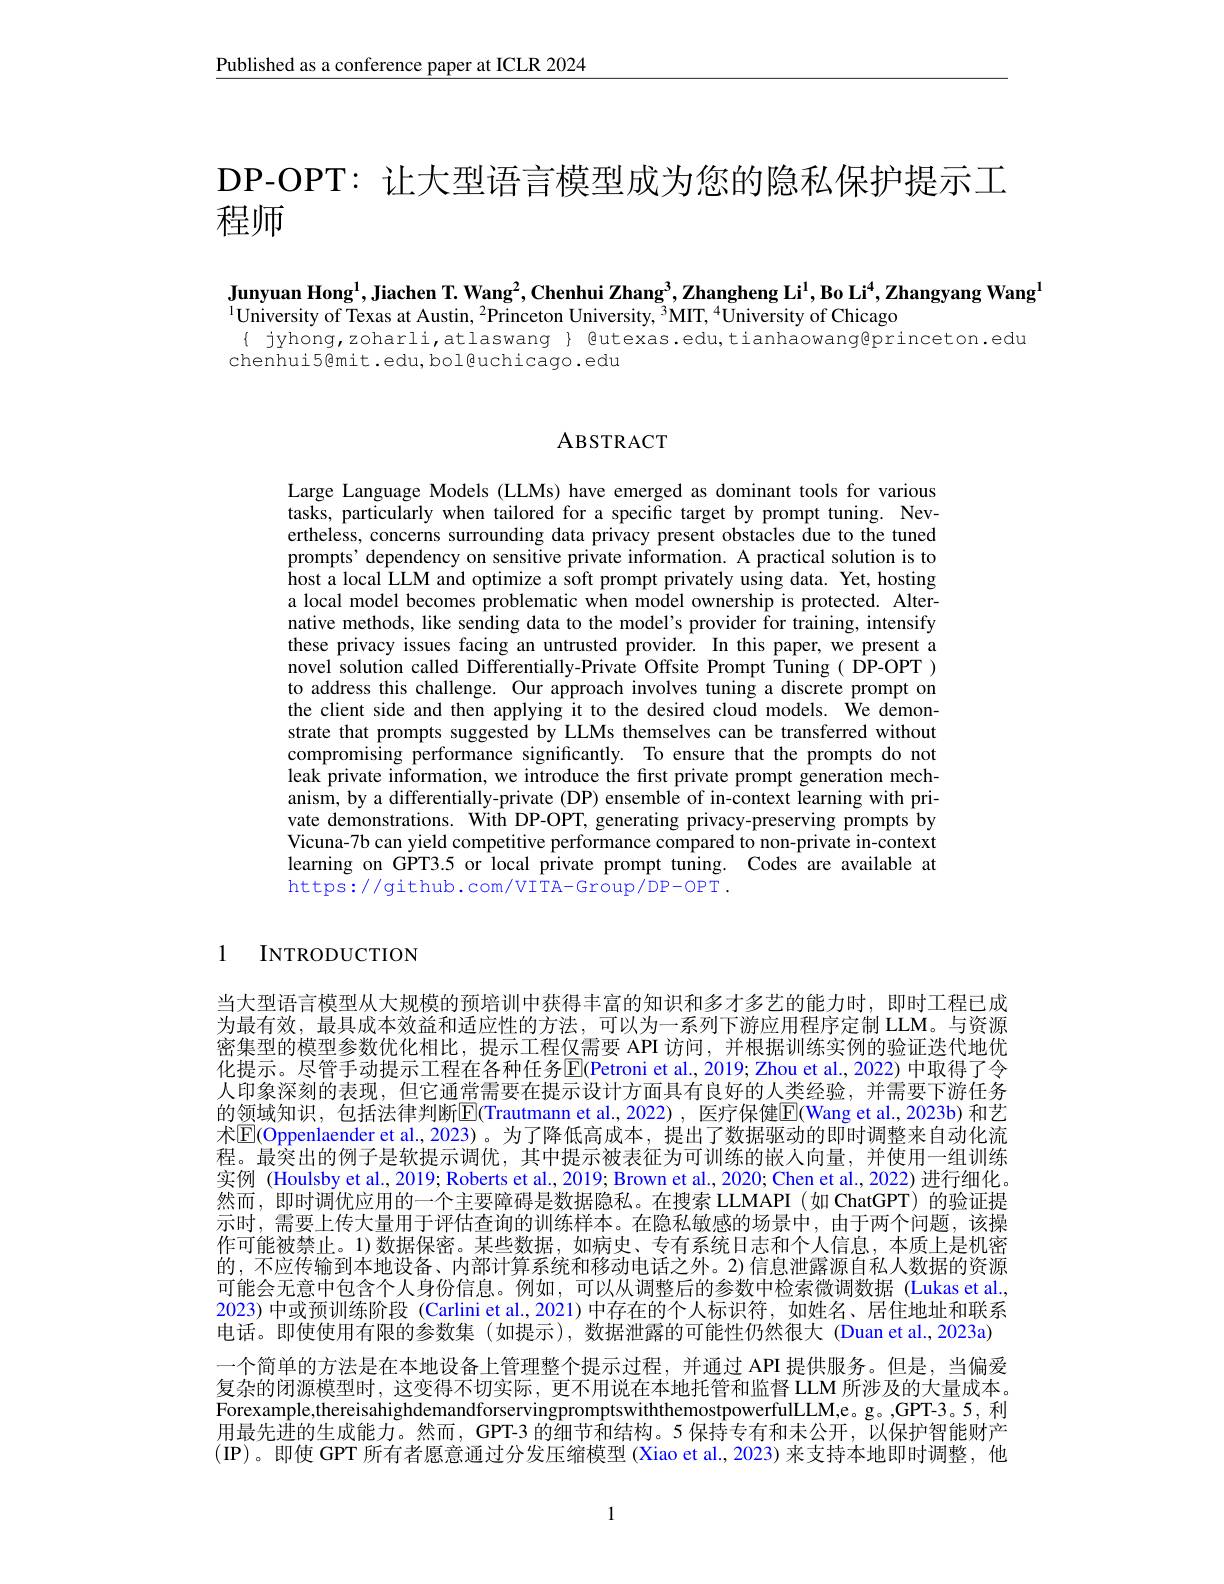
$\underline{\text{Published as a conference paper at ICLR 2024}}$

DP-OPT: 让大型语言模型成为您的隐私保护提示工

程师

Junyuan Hong$^1$,Jiachen T. Wang$^2,\textbf{Chenhui Zhang}^3,\textbf{Zhangheng Li}^1$,Bo Li$^4$,Zhangyang Wang$^1$
$^{1}$University of Texas at Austin, $^2$Princeton University, $^3$MIT,$^{4}$University of Chicago
{ jyhong,zoharli,atlaswang } Butexas.edu,tianhaowang@princeton.edu
chenhui5@mit.edu,bol@uchicago.edu

# ABSTRACT

Large Language Models (LLMs) have emerged as dominant tools for various tasks, particularly when tailored for a specific target by prompt tuning. Nevertheless, concerns surrounding data privacy present obstacles due to the tuned prompts' dependency on sensitive private information. A practical solution is to host a local LLM and optimize a soft prompt privately using data. Yet, hosting a local model becomes problematic when model ownership is protected. Alternative methods, like sending data to the model's provider for training, intensify these privacy issues facing an untrusted provider. In this paper, we present a novel solution called Differentially-Private Offsite Prompt Tuning( DP-OPT ) to address this challenge. Our approach involves tuning a discrete prompt on the client side and then applying it to the desired cloud models. We demonstrate that prompts suggested by LLMs themselves can be transferred without compromising performance significantly. To ensure that the prompts do not leak private information, we introduce the first private prompt generation mechanism, by a differentially-private (DP) ensemble of in-context learning with private demonstrations. With DP-OPT, generating privacy-preserving prompts by Vicuna-7b can yield competitive performance compared to non-private in-context learning on GPT3.5 or local private prompt tuning. Codes are available at https://github.com/VITA-Group/DP-OPT.

1 INTRODUCTION

当大型语言模型从大规模的预培训中获得丰富的知识和多才多艺的能力时，即时工程已成为最有效，最具成本效益和适应性的方法，可以为一系列下游应用程序定制 LLM。与资源密集型的模型参数优化相比，提示工程仅需要 API 访问，并根据训练实例的验证迭代地优化提示。尽管手动提示工程在各种任务$\boxed{\mathrm{E}}($Petroni et al., 2019; Zhou et al., 2022) 中取得了令人印象深刻的表现，但它通常需要在提示设计方面具有良好的人类经验，并需要下游任务的领域知识，包括法律判断$\overline{\mathbb{E}}$(Trautmann et al.,2022),医疗保健$\overline{\mathbb{E}}($Wang et al.,2023b)和艺术$\overline{\mathbb{E}}$(Oppenlaender et al., 2023)。为了降低高成本，提出了数据驱动的即时调整来自动化流程。最突出的例子是软提示调优，其中提示被表征为可训练的嵌人向量，并使用一组训练实例 (Houlsby et al., 2019; Roberts et al., 2019; Brown et al., 2020; Chen et al., 2022) 进行细化。然而，即时调优应用的一个主要障碍是数据隐私。在搜索 LLMAPI(如 ChatGPT)的验证提示时，需要上传大量用于评估查询的训练样本。在隐私敏感的场景中，由于两个问题，该操作可能被禁止。1)数据保密。某些数据，如病史、专有系统日志和个人信息，本质上是机密的，不应传输到本地设备、内部计算系统和移动电话之外。2)信息泄露源自私人数据的资源可能会无意中包含个人身份信息。例如，可以从调整后的参数中检索微调数据(Lukas et al, 2023) 中或预训练阶段 (Carlini et al., 2021) 中存在的个人标识符，如姓名、居住地址和联系电话。即使使用有限的参数集 (如提示),数据泄露的可能性仍然很大 (Duan et al.,2023a) 一个简单的方法是在本地设备上管理整个提示过程，并通过 API 提供服务。但是，当偏爱复杂的闭源模型时，这变得不切实际，更不用说在本地托管和监督 LLM 所涉及的大量成本。Forexample,thereisahighdemandforservingpromptswiththemostpowerfulLLM,e。g。,GPT-3。5, 利用最先进的生成能力。然而，GPT-3 的细节和结构。5 保持专有和未公开，以保护智能财产(IP)。即使 GPT 所有者愿意通过分发压缩模型 (Xiao et al.,2023)来支持本地即时调整，他

1